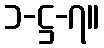
၁-ဋ္ဌ-၇။